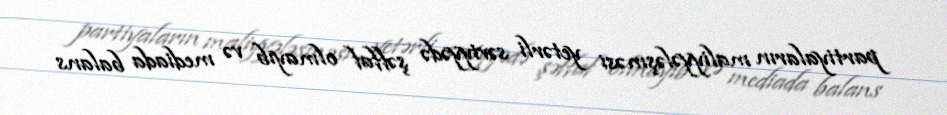
partiyaların maliyyələşməsi yetərli səviyyədə şəffaf olmayıb və mediada balans